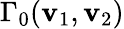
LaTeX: {\Gamma_{0}}({\mathbf{v}}_{1},{\mathbf{v}}_{2})